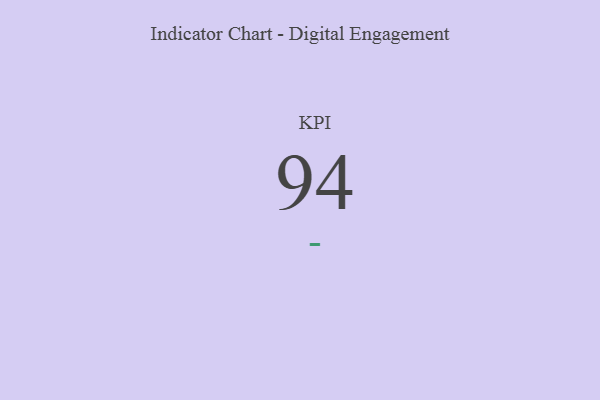
{"axis": {"x": "KPI", "y": "Value"}, "legend": [""], "data": [{"x": "KPI", "y": 94, "type": ""}]}